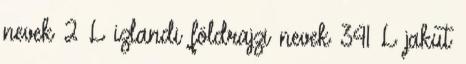
nevek‎ 2 L izlandi földrajzi nevek‎ 341 L jakut